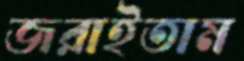
জরাইতাম